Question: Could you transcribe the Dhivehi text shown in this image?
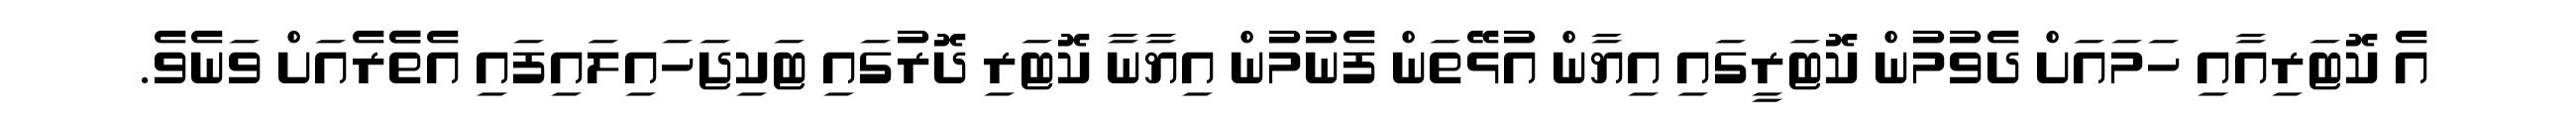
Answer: އެ ކޮޓަރިއާއި ހަމައަށް ދެވުމުން ކޮޓަރީގައި އިޔާން އުޅޭތަން ފެނުމުން އިޔާނާ ކޮޓަރި ދޮރުގައި ޓަކިޖަހައިލައިފައި އެތެެރެއަށް ވަނެވެ.